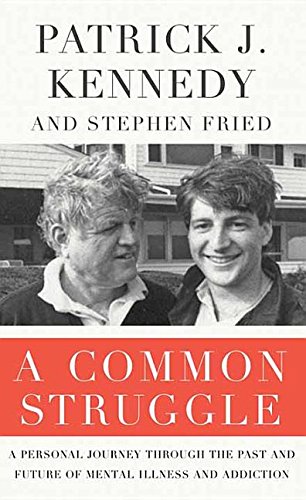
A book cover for A Common Struggle: A Personal Journey Through the Past and Future of Mental Illness and Addiction; Patrick J. Kennedy; Biographies & Memoirs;